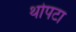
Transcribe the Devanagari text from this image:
थोपटा